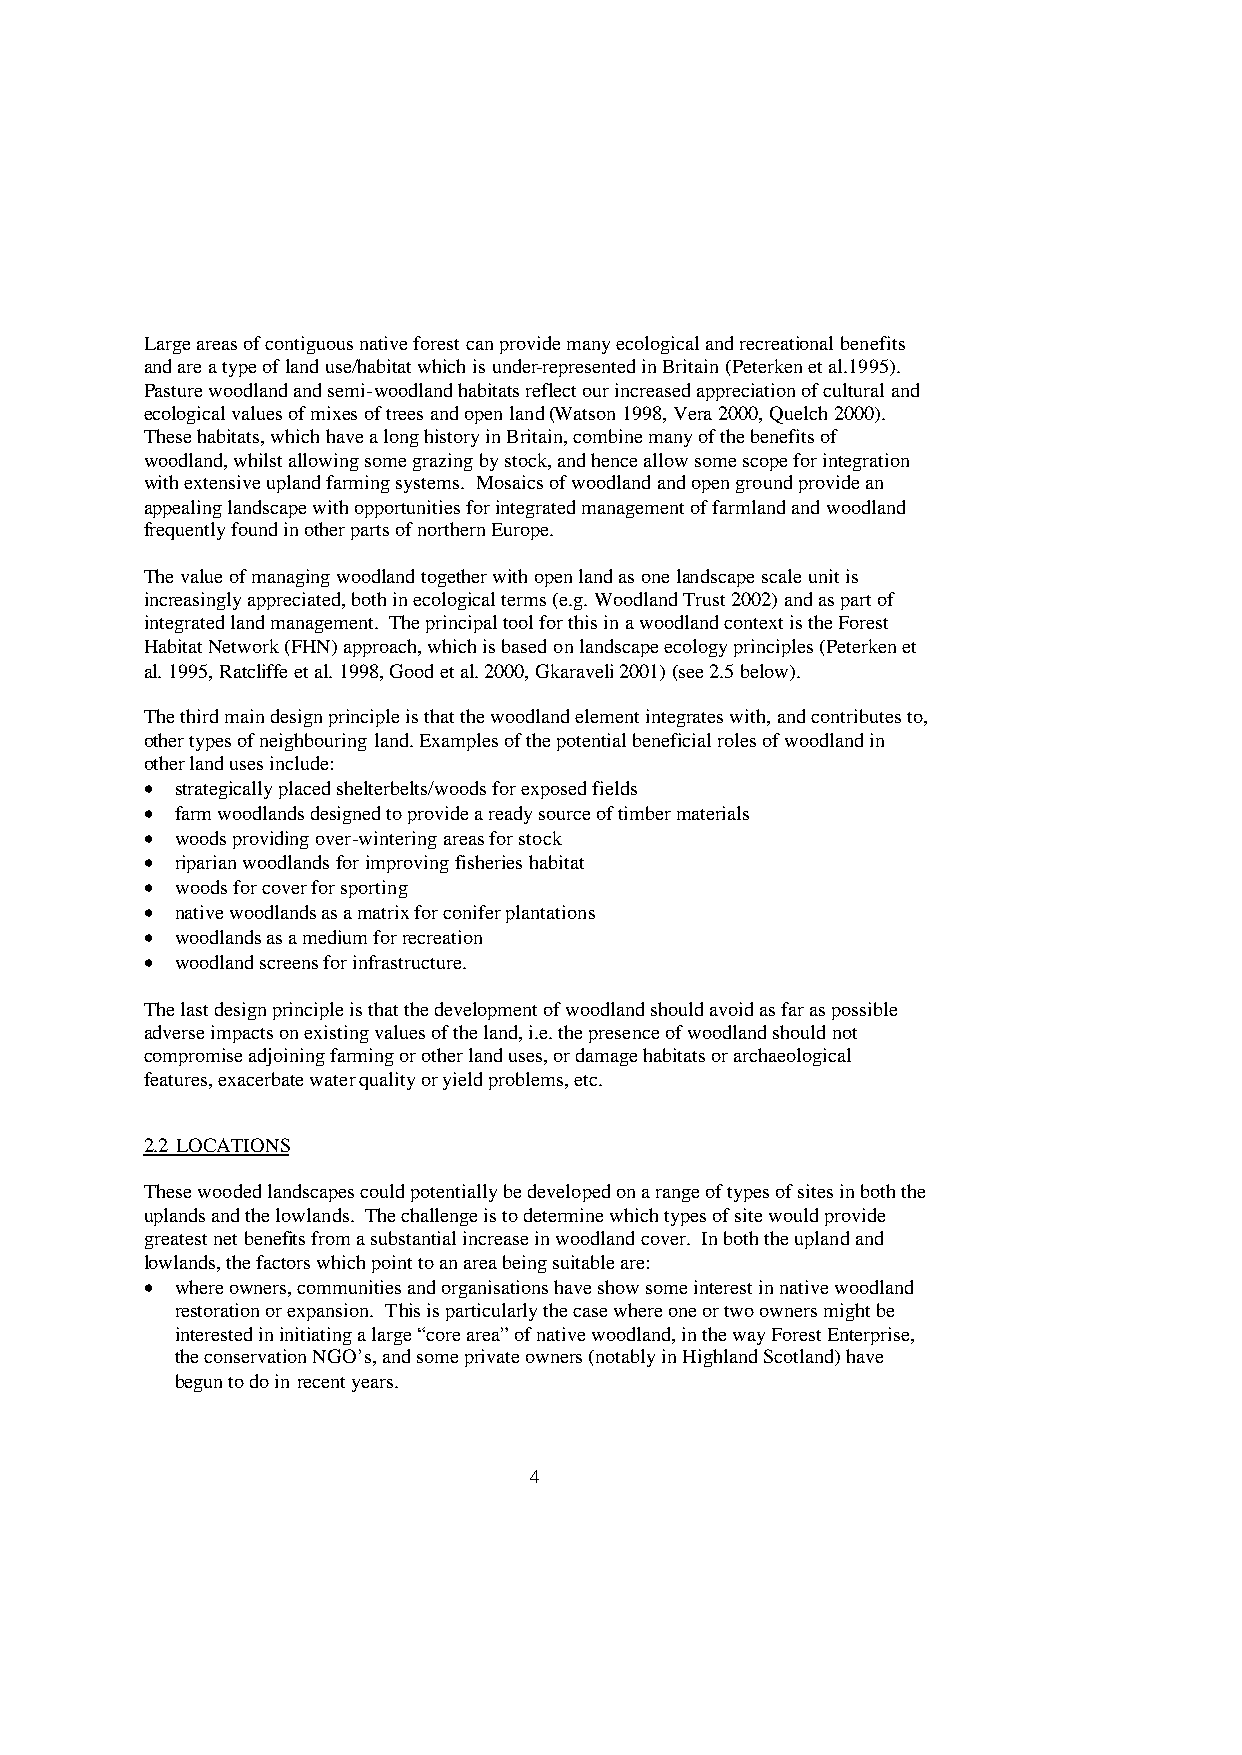
Large areas of contiguous native forest can provide many ecological and recreational benefits
 and are a type of land use/habitat which is under-represented in Britain (Peterken et al.1995).
 Pasture woodland and semi-woodland habitats reflect our increased appreciation of cultural and
 ecological values of mixes of trees and open land (Watson 1998, Vera 2000, Quelch 2000).
 These habitats, which have a long history in Britain, combine many of the benefits of
 woodland, whilst allowing some grazing by stock, and hence allow some scope for integration
 with extensive upland farming systems. Mosaics of woodland and open ground provide an
 appealing landscape with opportunities for integrated management of farmland and woodland
 frequently found in other parts of northern Europe.
 The value of managing woodland together with open land as one landscape scale unit is
 increasingly appreciated, both in ecological terms (e.g. Woodland Trust 2002) and as part of
 integrated land management. The principal tool for this in a woodland context is the Forest
 Habitat Network (FHN) approach, which is based on landscape ecology principles (Peterken et
 al. 1995, Ratcliffe et al. 1998, Good et al. 2000, Gkaraveli 2001) (see 2.5 below).
 The third main design principle is that the woodland element integrates with, and contributes to,
 other types of neighbouring land. Examples of the potential beneficial roles of woodland in
 other land uses include:
 • strategically placed shelterbelts/woods for exposed fields
 • farm woodlands designed to provide a ready source of timber materials
 • woods providing over-wintering areas for stock
 • riparian woodlands for improving fisheries habitat
 • woods for cover for sporting
 • native woodlands as a matrix for conifer plantations
 • woodlands as a medium for recreation
 • woodland screens for infrastructure.
 The last design principle is that the development of woodland should avoid as far as possible
 adverse impacts on existing values of the land, i.e. the presence of woodland should not
 compromise adjoining farming or other land uses, or damage habitats or archaeological
 features, exacerbate water quality or yield problems, etc.
 2.2 LOCATIONS
 These wooded landscapes could potentially be developed on a range of types of sites in both the
 uplands and the lowlands. The challenge is to determine which types of site would provide
 greatest net benefits from a substantial increase in woodland cover. In both the upland and
 lowlands, the factors which point to an area being suitable are:
 • where owners, communities and organisations have show some interest in native woodland
 restoration or expansion. This is particularly the case where one or two owners might be
 interested in initiating a large “core area” of native woodland, in the way Forest Enterprise,
 the conservation NGO’s, and some private owners (notably in Highland Scotland) have
 begun to do in recent years.
 4